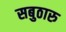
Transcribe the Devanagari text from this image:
सबुठारु